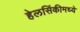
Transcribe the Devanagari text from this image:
हेलसिंकीमध्ये